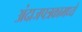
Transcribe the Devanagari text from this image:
अंदाजपत्रकामध्ये